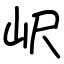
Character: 𡵸